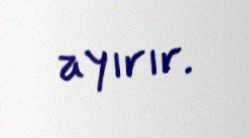
ayırır.